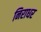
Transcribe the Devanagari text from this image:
निराधर